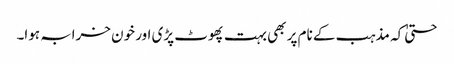
حتیٰ کہ مذہب کے نام پر بھی بہت پھوٹ پڑی اور خون خرابہ ہوا۔